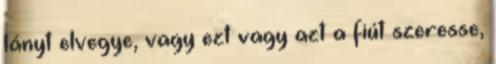
lányt elvegye, vagy ezt vagy azt a fiút szeresse,